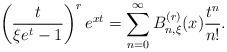
LaTeX: \begin{align*} \left(\frac{t}{\xi e^t-1} \right)^r e^{xt}=\sum_{n=0}^\infty B_{n,\xi}^{(r)} (x) \frac{t^n}{n!}.\end{align*}